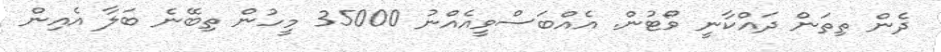
ދެން ތިތަން ދައްކާނީ ވޯޓުން. އެއްބަސްވީއެއްނު 35000 މީހުން ތިބޭނެ ބަލާ އެއިން